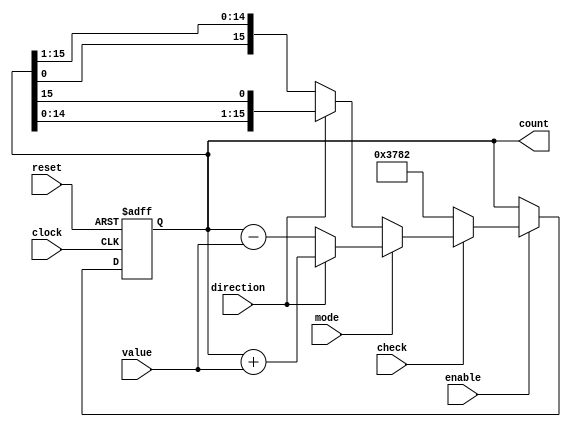
////////////////////////////////////////////////////////////////////////////////////////////////////////////////////////
//
// Version:     3 (04 April 2024)
// Description: A 16-bit synchronous FSM containing three functions,
// check, mode, and directiom. In check mode, the FSM loads the students last
// four digits into the state, in shift mode the state machine shifts its state
// number left or right based on the direction. Lastly the in arithmetic mode
// the FSM state is incremented or decremented based on the input value.
//
////////////////////////////////////////////////////////////////////////////////////////////////////////////////////////

module fsm16bit(clock, reset, enable, check, mode, direction, value, count);
	input         clock;
	input         reset;
	input         enable;
	input         check;
	input         mode;
	input         direction;
	input   [3:0] value;
	output [15:0] count;

	reg    [15:0] counter_state;
	

	parameter STUDENT_ID = 16'b0011011110000010;
	
// STATE MACHINE: This always block represents sequential logic, so it uses non-blocking assignments.
// It is sensitized to appropriate edges of the clock input and the clear input.
// You should picture this always block as a 16-bit register with an active-low asynchronous clear, plus the
// logic needed to derive the correct next state from the present state and the inputs.

	always @(posedge clock or negedge reset) begin

	// If a negative edge occured on reset, then reset must equal 0.
	// Since the effect of the reset occurs in the absence of a clock edge, this reset is ASYNCHRONOUS.
	// Release reset to permit synchronous behavior of the counter.

		if(reset == 1'b0)
			counter_state <= 16'b0;
	

	// If reset is not 0 but this always block is executing anyway, there must have been a positive clock edge.
	// On each positive clock edge where enable is asserted, update the counter state based on the counter state
	//	and the values of check, mode, direction, and value.
		
		else if(enable) begin
			if (check == 0) begin   				//First Sees if machine is in check mode
				counter_state <= STUDENT_ID;		//If in check mode, load value
			
			end
			else begin  					//If not in check mode
				if (mode == 0) begin		//The machine is in shift mode
												
					if (direction == 0) begin		//The machine is shifting right
						//counter_state <= counter_state >> 1;
						counter_state <= {counter_state[0], counter_state[15:1]};
					end
					else begin							//The machine is shifting left
						counter_state <= {counter_state[14:0], counter_state[15]};
						//counter_state <= counter_state << 1;
					end
					
				end			
				else begin   //The machine is in count mode
				
					if (direction == 0) begin		//The machine is decrementing
						counter_state <= counter_state - value;
					end
					else begin							//The machine is shifting left
						counter_state <= counter_state + value;
					end
				
				end
			
			end
			
			
		end
	end
	
// OUTPUT MACHINE: Since the output is always the same as the FSM state, assign the present state to the output.
// The output machine is combinational logic. A continuous assignment represents combinational logic.
// In a more complex FSM, the output machine would have consisted of an always block.
// Since the output machine represents combinational logic, this always block would have used blocking assignments.

// You should not need to modify this continuous assignment. 
// Changing counter_state in the state machine will change the output machine directly.

	assign count = counter_state; 

endmodule